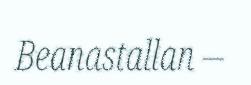
Beanastallan –